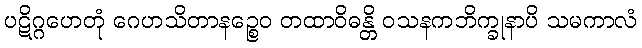
ပဋိဂ္ဂဟေတုံ ဂေဟသိတာနဉ္စေဝ တထာဝိဓန္တိ ဝသနကဘိက္ခုနာပိ သမကာလံ